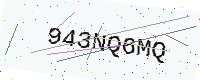
Text: 943NQ6MQ